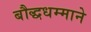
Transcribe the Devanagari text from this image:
बौद्धधम्माने